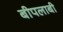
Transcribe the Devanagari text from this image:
बीपलाबी